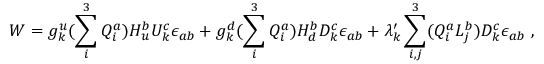
{ \cal W } = g _ { k } ^ { u } ( \sum _ { i } ^ { 3 } Q _ { i } ^ { a } ) H _ { u } ^ { b } U _ { k } ^ { c } \epsilon _ { a b } + g _ { k } ^ { d } ( \sum _ { i } ^ { 3 } Q _ { i } ^ { a } ) H _ { d } ^ { b } D _ { k } ^ { c } \epsilon _ { a b } + \lambda _ { k } ^ { \prime } \sum _ { i , j } ^ { 3 } ( Q _ { i } ^ { a } L _ { j } ^ { b } ) D _ { k } ^ { c } \epsilon _ { a b } ~ ,